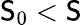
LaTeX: \mathsf{S}_{0}<\mathsf{S}